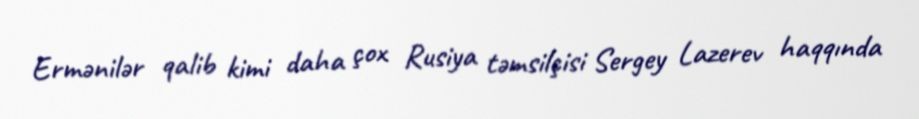
Ermənilər qalib kimi daha çox Rusiya təmsilçisi Sergey Lazerev haqqında